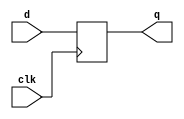
// this unit implement simple 19-bit register
module reg_19bit (clk, d, q);
input clk;
input [18:0] d;
output [18:0] q;

reg [18:0] q;

always @(posedge clk)
q <= d;

endmodule